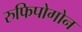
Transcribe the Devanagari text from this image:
रुफिपोगोन